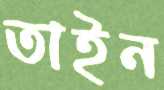
তাইন